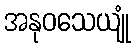
အနုဝသေယျုံ